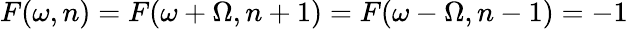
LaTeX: F(\omega,n)=F(\omega+\Omega,n+1)=F(\omega-\Omega,n-1)=-1